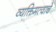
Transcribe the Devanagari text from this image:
व्यक्तिमत्वाचे